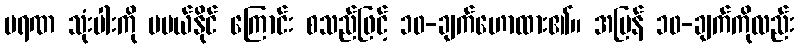
မရဏ သုံးပါးကို မပယ်နိုင် ကြောင်း စသည်ဖြင့် ၁၀-ချက်ဟောထား၏။ အပြန် ၁၀-ချက်ကိုလည်း